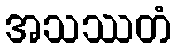
အသဿတံ